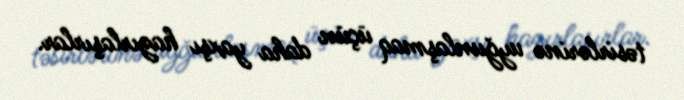
təsirlərinə uyğunlaşmaq üçün daha yaxşı hazırlaşırlar.